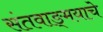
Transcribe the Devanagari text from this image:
संतवाङ्‌मयाचे